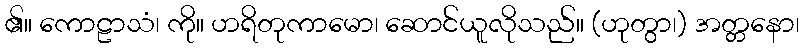
၏။ ကောဠာသံ၊ ကို။ ဟရိတုကာမော၊ ဆောင်ယူလိုသည်။ (ဟုတွာ၊) အတ္တနော၊